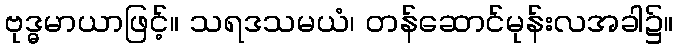
ဗုဒ္ဓမာယာဖြင့်။ သရဒသမယံ၊ တန်ဆောင်မုန်းလအခါ၌။